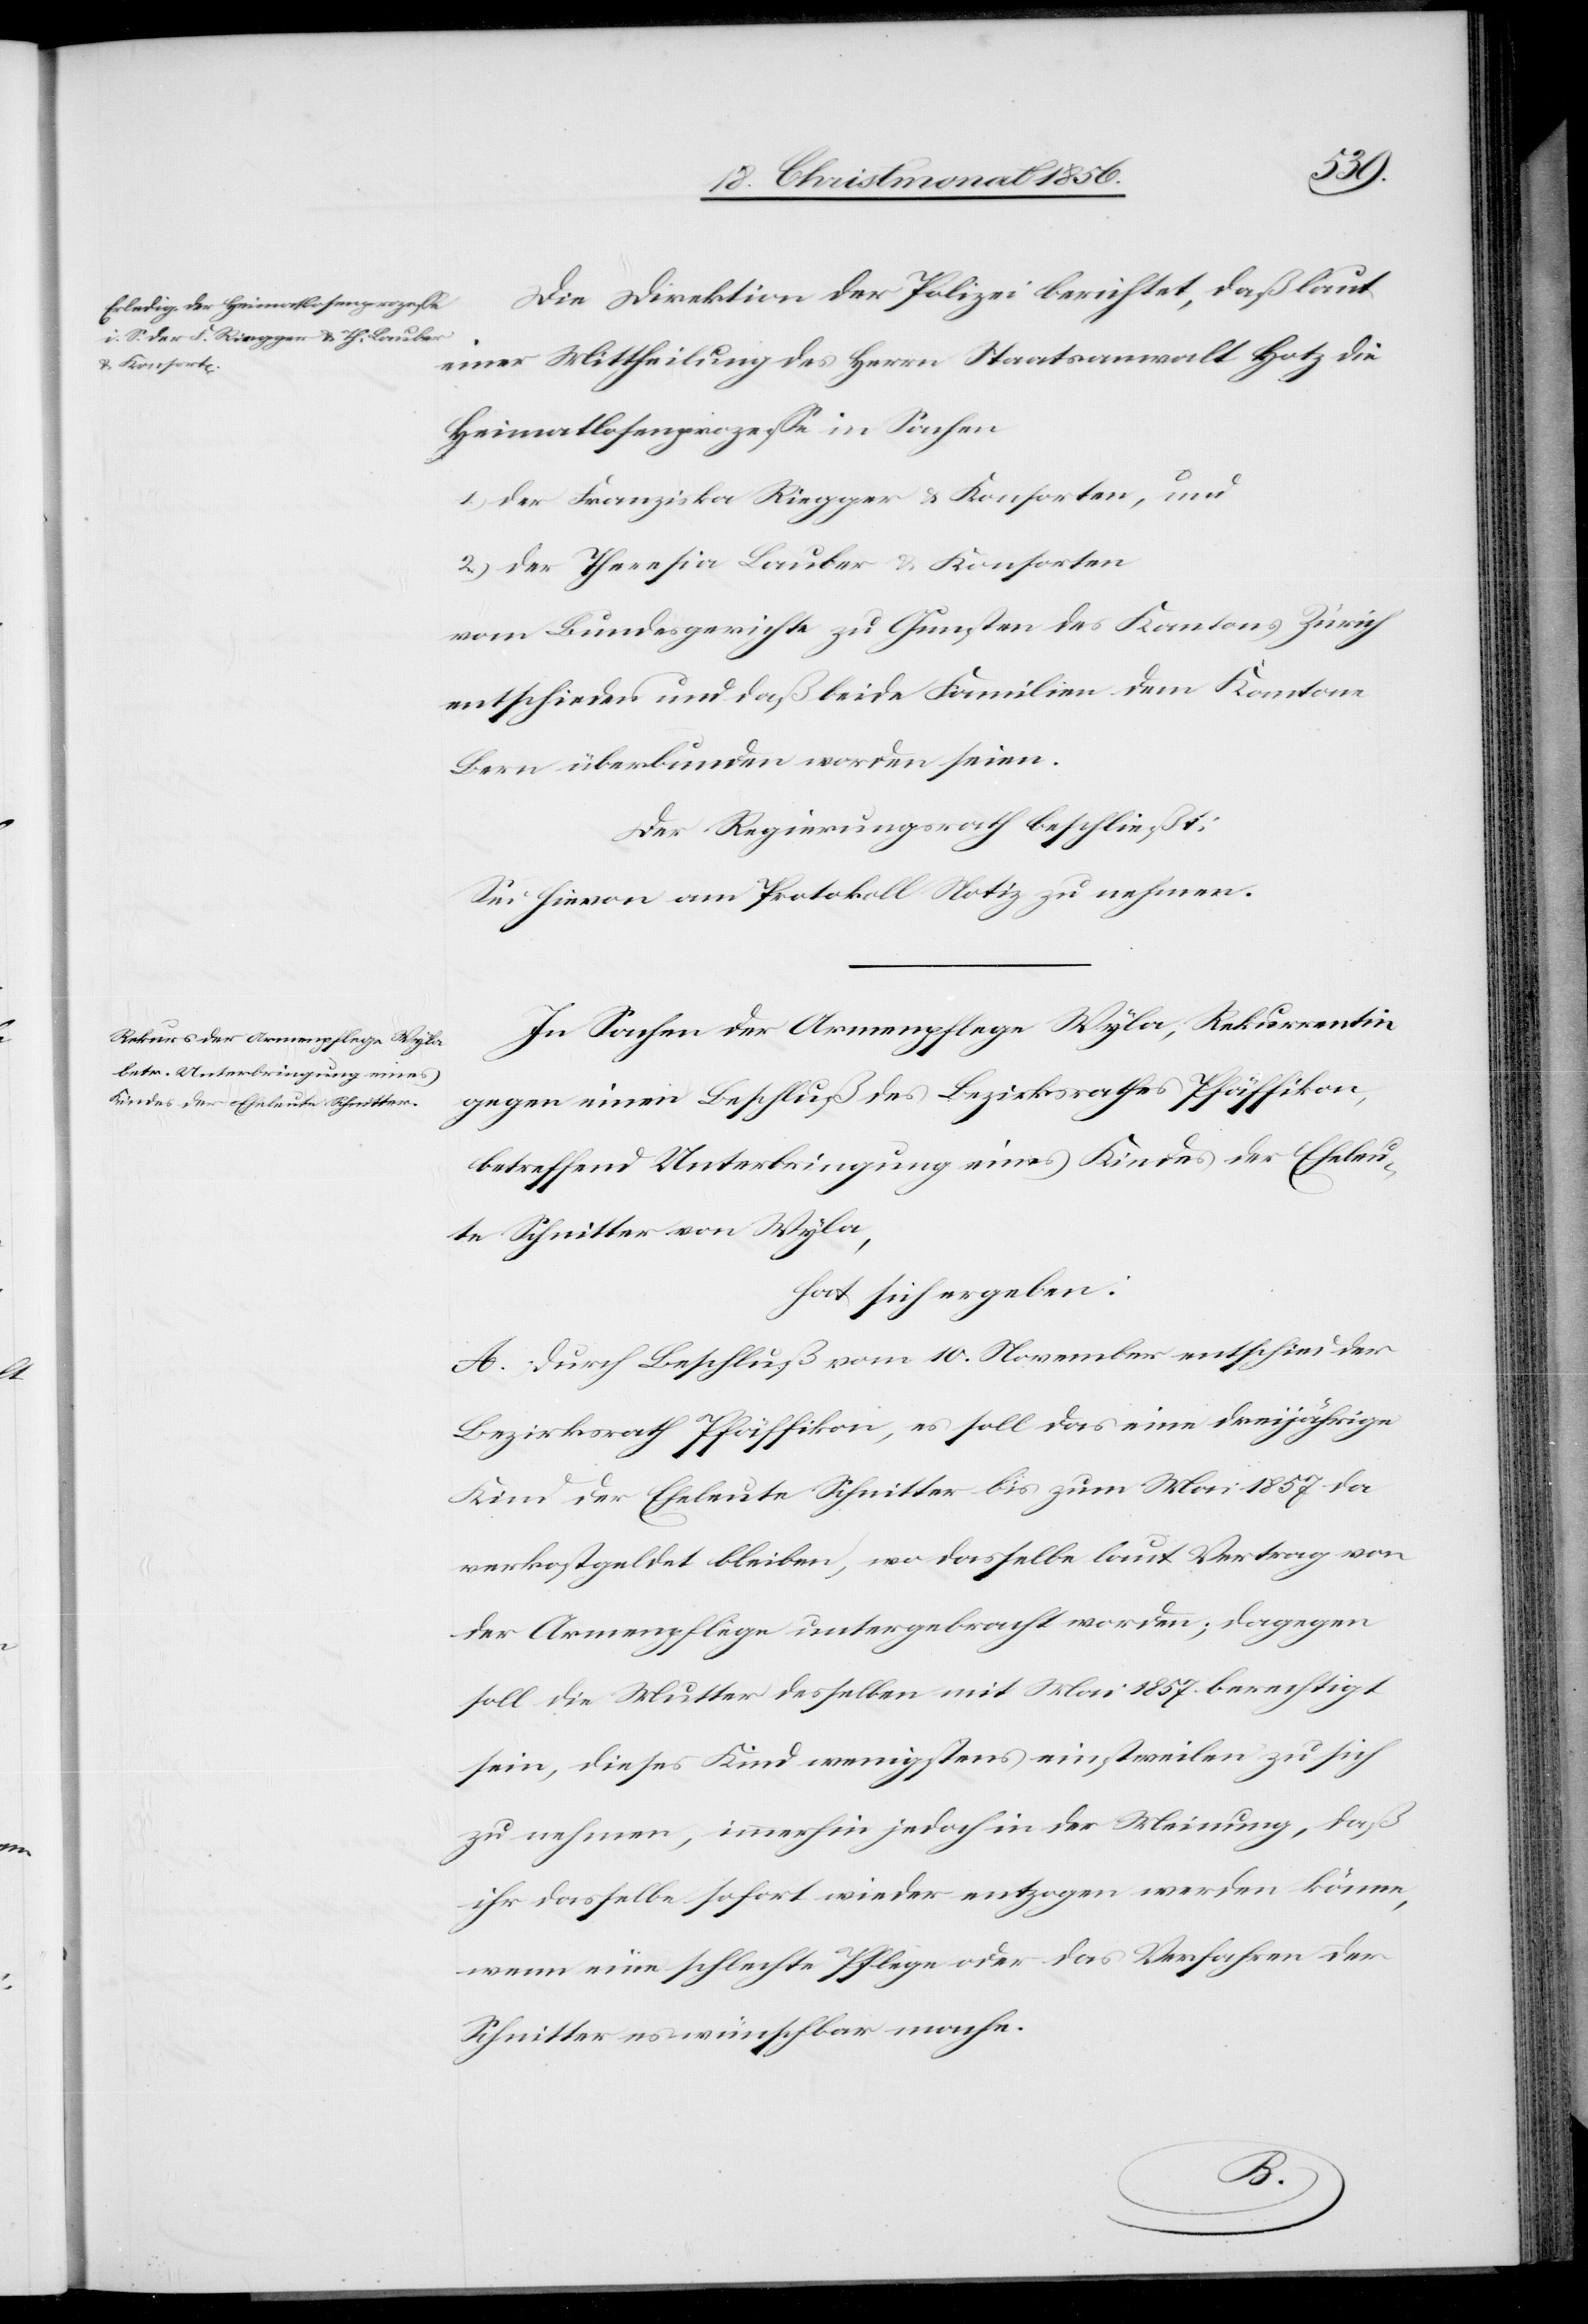
Die Direktion der Polizei berichtet, daß laut
einer Mittheilung des Herrn Staatsanwalt Hotz die
Heimatlosenprozesse in Sachen
1.) der Franziska Riegger & Konsorten, und
2.) der Theresia Lauber & Konsorten
vom Bundesgerichte zu Gunsten des Kantons Zürich
entschieden und daß beide Familien dem Kantone
Bern überbunden worden seien.
Der Regierungsrath beschließt:
Sei hievon am Protokoll Notiz zu nehmen.
In Sachen der Armenpflege Wyla, Rekurrentin
gegen einen Beschluß des Bezirksrathes Pfäffikon,
betreffend Unterbringung eines Kindes der Eheleu¬
te Schnitter von Wyla,
hat sich ergeben:
A. Durch Beschluß vom 10. November entschied der
Bezirksrath Pfäffikon, es soll das eine dreijährige
Kind der Eheleute Schnitter bis zum Mai 1857 da
verkostgeldet bleiben, wo dasselbe laut Vertrag von
der Armenpflege untergebracht worden; dagegen
soll die Mutter desselben mit Mai 1857 berechtigt
sein, dieses Kind wenigstens einstweilen zu sich
zu nehmen, immerhin jedoch in der Meinung, daß
ihr dasselbe sofort wieder entzogen werden könne,
wenn eine schlechte Pflege oder das Verfahren der
Schnitter es wünschbar mache.